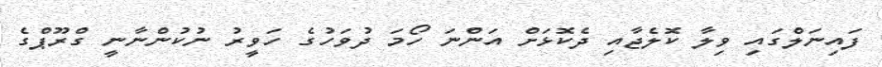
ފައިނަލްގައި ވިލާ ކޮލެޖާއި ދެކޮޅަށް އަންނަ ހޯމަ ދުވަހުގެ ހަވީރު ނުކުންނާނީ ގްރޫޕްގެ